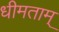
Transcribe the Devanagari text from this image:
धीमताम्